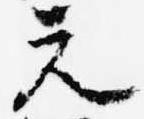
元